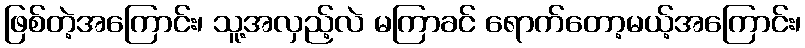
ဖြစ်တဲ့အကြောင်း၊ သူ့အလှည့်လဲ မကြာခင် ရောက်တော့မယ့်အကြောင်း၊